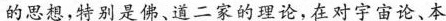
\underline{的思想，特别是佛、道二家的理论}，在对宇宙论、本